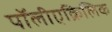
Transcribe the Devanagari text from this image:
पॉलीएक्रिलिक